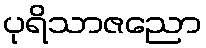
ပုရိသာဇညော